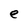
Character: e